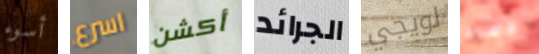
أسوء اسرع أكشن الجرائد لويجي دمت